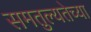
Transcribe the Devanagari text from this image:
समतुल्यतेच्या